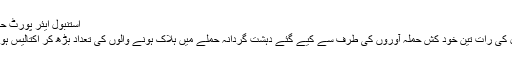
استنبول ایئر پورٹ حملہ: اکتالیس ہلاکتیں، تیرہ غیر ملکی بھی 29.06.2016
استنبول میں ترکی کے سب سے بڑے ہوائی اڈے پر منگل کی رات تین خود کش حملہ آوروں کی طرف سے کیے گئے دہشت گردانہ حملے میں ہلاک ہونے والوں کی تعداد بڑھ کر اکتالیس ہو گئی ہے، جن میں کم از کم تیرہ غیر ملکی بھی شامل ہیں۔